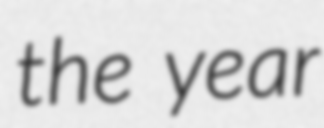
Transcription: the year